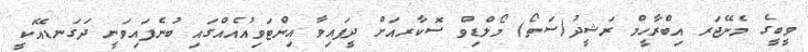
ވީބީގެ މެނޭޖަރ އިބްރާހީމް ރަޝީދު(ސަތޯ) މޯލްޑިވް ސޮކާރއަށް ދީފައިވާ އިންޓަވިއުއެއްގައި ބުނެފައިވަނީ ދަގަނޑޭއަކީ